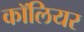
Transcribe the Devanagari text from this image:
कॉलियर